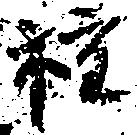
種